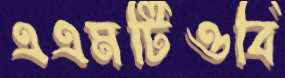
এএমটিওবি